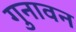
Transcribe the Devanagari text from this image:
गुनावन